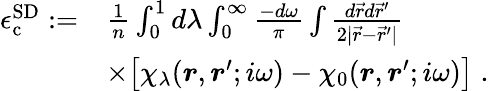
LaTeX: \begin{array}{rl}{\epsilon_{\mathrm{c}}^{{\mathrm{SD}}}:=}&{\frac{1}{n}\int_{0}^{1}d\lambda\int_{0}^{\infty}\frac{-d\omega}{\pi}\int\frac{d\vec{r}d\vec{r}^{\prime}}{2|\vec{r}-\vec{r}^{\prime}|}}\\ &{\times\big[\chi_{\lambda}(\boldsymbol{r},\boldsymbol{r}^{\prime};i\omega)-\chi_{0}(\boldsymbol{r},\boldsymbol{r}^{\prime};i\omega)\big]\; .}\end{array}